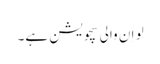
لِو اِ ن والی سچویشن ہے۔